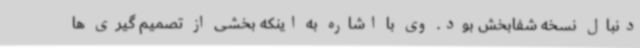
دنبال نسخه شفابخش بود. وی با اشاره به اینکه بخشی از تصمیم گیری ها